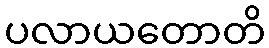
ပလာယတောတိ